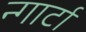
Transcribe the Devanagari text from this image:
न्गार्टा